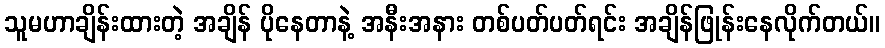
သူမဟာချိန်းထားတဲ့ အချိန် ပိုနေတာနဲ့ အနီးအနား တစ်ပတ်ပတ်ရင်း အချိန်ဖြုန်းနေလိုက်တယ်။